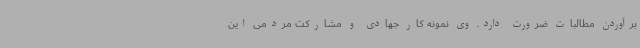
برآوردن مطالبات ضرورت دارد. وی نمونه کار جهادی و مشارکت مردمی این